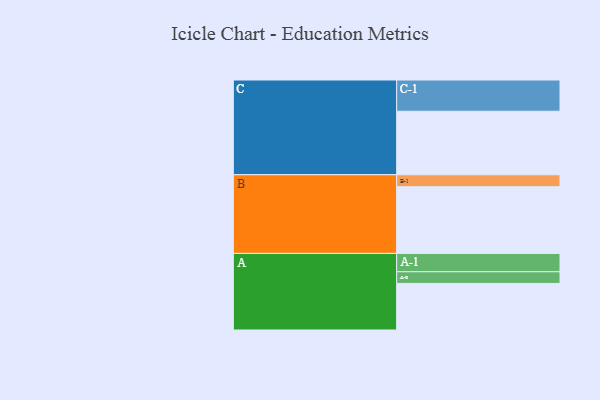
{"axis": {"x": "Segment", "y": "Value"}, "legend": ["", "A", "B", "C"], "data": [{"x": "A", "y": 388, "type": ""}, {"x": "B", "y": 555, "type": ""}, {"x": "C", "y": 529, "type": ""}, {"x": "A-1", "y": 153, "type": "A"}, {"x": "A-2", "y": 97, "type": "A"}, {"x": "B-1", "y": 100, "type": "B"}, {"x": "C-1", "y": 260, "type": "C"}]}